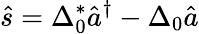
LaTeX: \hat{s}=\Delta_{0}^{*}\hat{a}^{\dagger}-\Delta_{0}\hat{a}